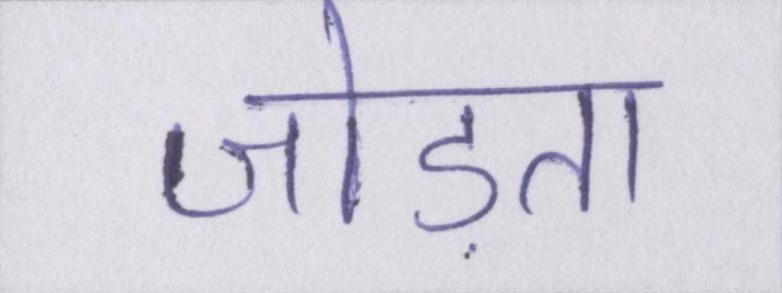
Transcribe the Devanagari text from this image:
जोड़ता